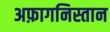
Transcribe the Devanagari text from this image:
अफ़ागनिस्तान